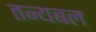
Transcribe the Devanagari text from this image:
तन्यबल